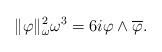
\begin{align*} \|\varphi\|^2_\omega \omega^3 = 6i\varphi \wedge \overline{\varphi}. \end{align*}